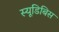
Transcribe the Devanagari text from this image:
स्यूडिबिस